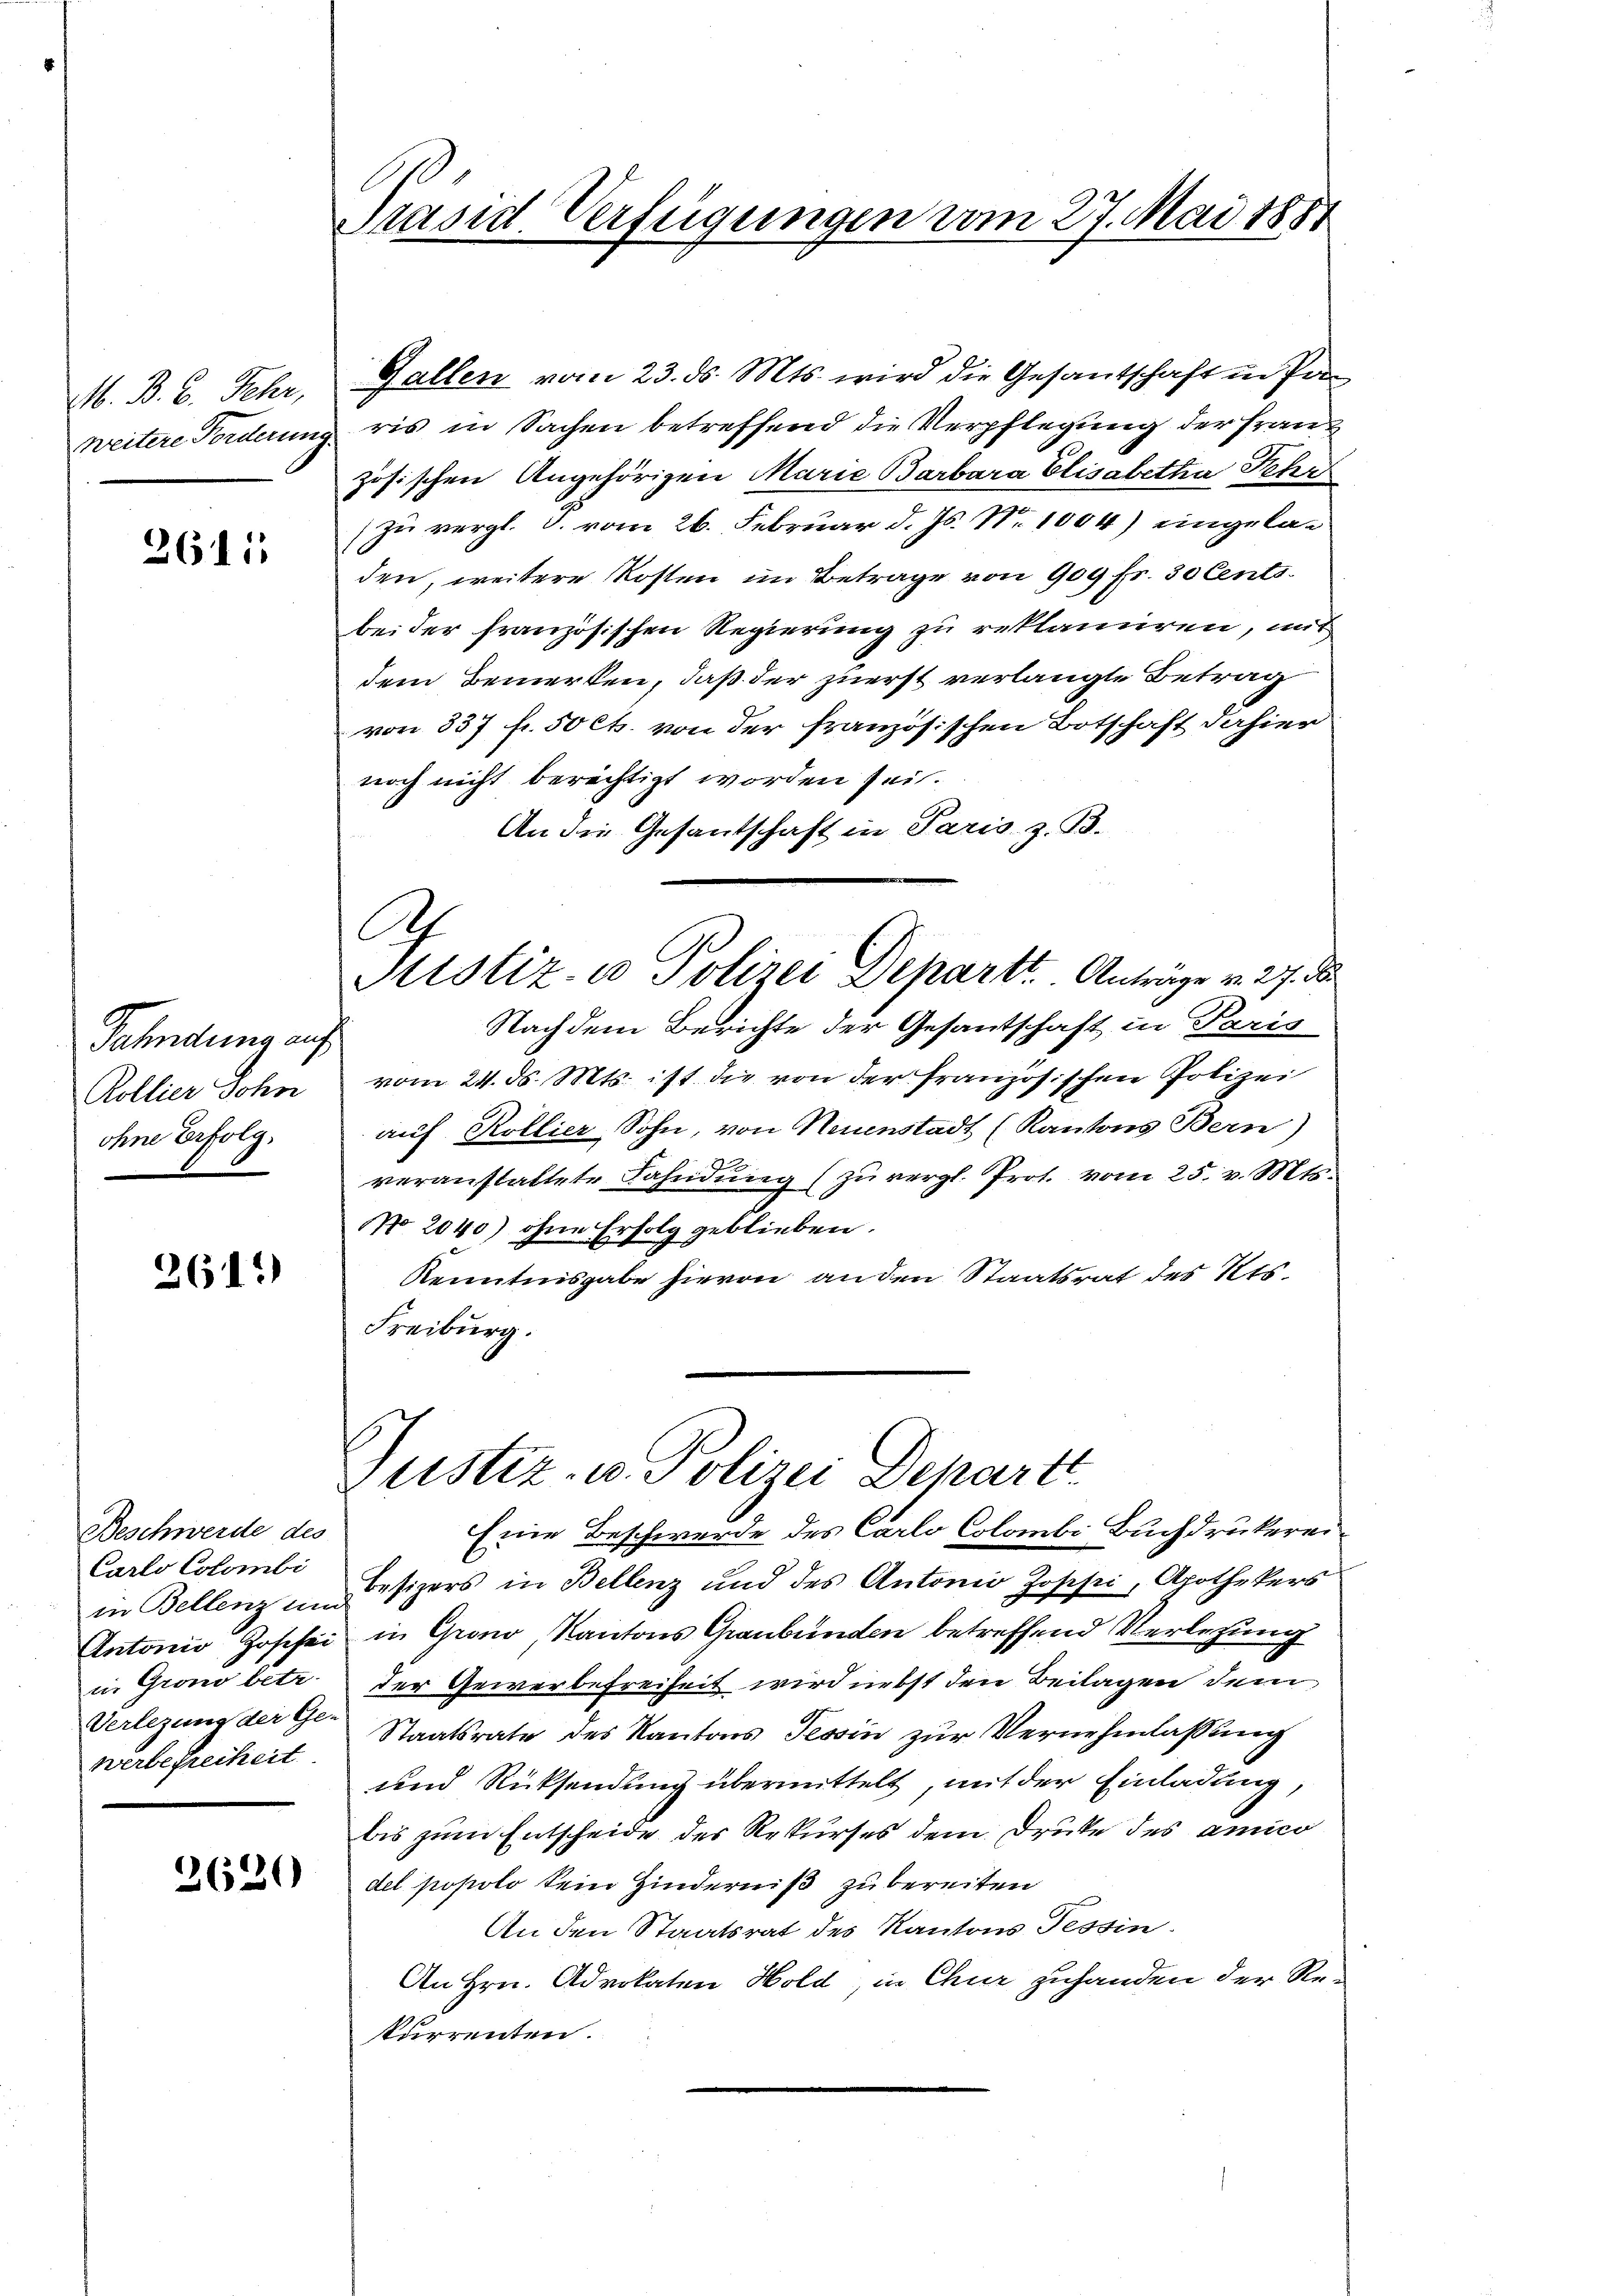
M. B. 6. Fehr,
weitere Forderung

2611

Fahndung auf
Rollier Sohn
ohne Erfolg,

2611)

Beschwerde des
Carlo Colombi
in Bellenz um
Antonio, Hofefei
in Grono betr.
Verlegung der Ge-
werbefreiheit

2620

Präsid. Verfügungen vom 27. Mai 1851

Gallen vom 23. ds. Mts. wird die Gesantschaft in Proris in Sachen betreffend die Verpflegung der Franz
zösischen Angehörigen Marie Barbara Elisabetha Schr
zu vergl. S. vom 26. Februar d. Js. Nr. 1004) eingeladen, weitere Kosten im Betrage von 900 Fr. 50 Cents
bei der französischen Regierung zu reklamiren, mit
dem Bemerken, daß der zuerst verlangte Betrag
von 837 f. 50 Cts. von der französischen Botschaft dahier
noch nicht berechtigt worden sei.
An die Gesantschaft in Paris. z. B.
Nachdem Berichte der Gesantschaft in Paris
vom 24. d. Mts. ist die von der französischen Polizei
auf Kollier Sohn, von Neuenstadt (Kantons Bern)
veranstaltete Bahndŭng (zŭ vergl. Prot. vom 25. v. Mts.
NNo. 2040) ohne Erfolg geblieben.
Kenntnisgabe hievon an den Staatsrat des Kts.
Freiburg.
Justiz- u. Polizei Dehartt
Eine Beschwerde des Carlo Colombi Buchdrukerei¬
Besizers in Bellenz und des Antonio Joppi, Apothekers
in Grono Kantons Graubünden betreffend Verletzung
der Gewerbefreiheit wird nebst den Beilagen der
Staatsrate des Kantons Tessin zur Vernehmlassung
und Rücksendung übermittelt mit der Einladung,
bis zum Entscheide des Rekurses dem Druke des amico
del popolo kein Hinderniß zu bereiten
An den Staatsrat des Kantons Tessin.
An Hrn. Advokaten Hold, in Chur zuhanden der Rekurrenten.

Ah

Ptistiz- u Polizei Departt. Anträge v. 27. de